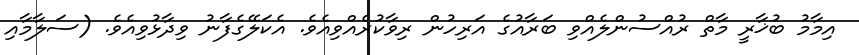
އިމާމު ބުޚާރީ މާތް ރުއްސުންލެއްވި ބަރާއުގެ އަރިހުން ރިވާކުރެއްވިއެވެ. އެކަލޭގެފާނު ވިދާޅުވިއެވެ. (ސަލާމާއި